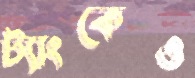
ট্যাংকেও